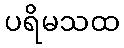
ပရိမသထ